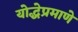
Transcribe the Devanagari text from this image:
योद्धेप्रमाणे